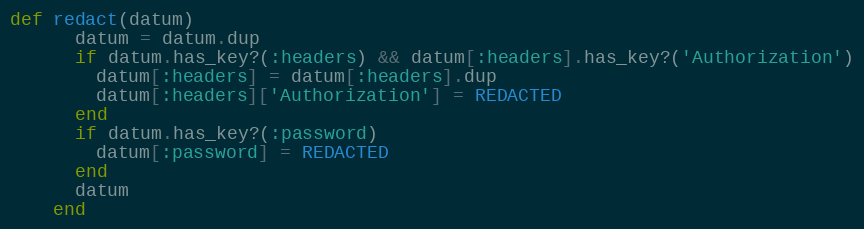
Language: Ruby
def redact(datum)
      datum = datum.dup
      if datum.has_key?(:headers) && datum[:headers].has_key?('Authorization')
        datum[:headers] = datum[:headers].dup
        datum[:headers]['Authorization'] = REDACTED
      end
      if datum.has_key?(:password)
        datum[:password] = REDACTED
      end
      datum
    end